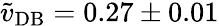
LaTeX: \tilde{v}_{\mathrm{DB}}=0.27\pm 0.01